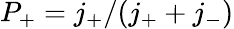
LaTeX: P_{+}=j_{+}/(j_{+}+j_{-})